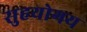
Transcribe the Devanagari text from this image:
सुहयोगय